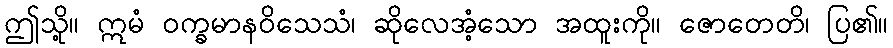
ဤသို့။ ဣမံ ဝက္ခမာနဝိသေသံ၊ ဆိုလေအံ့သော အထူးကို။ ဇောတေတိ၊ ပြ၏။